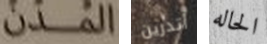
المدن أتدرين الحاله